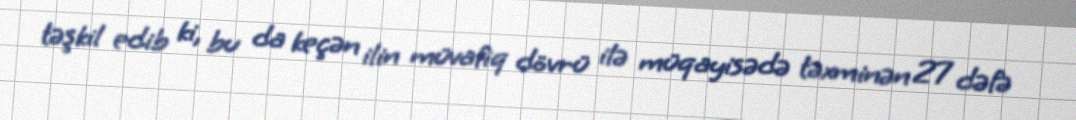
təşkil edib ki, bu da keçən ilin müvafiq dövrü ilə müqayisədə təxminən 27 dəfə